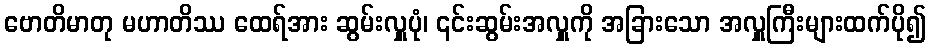
ဗောတိမာတု မဟာတိဿ ထေရ်အား ဆွမ်းလှူပုံ၊ ၎င်းဆွမ်းအလှူကို အခြားသော အလှူကြီးများထက်ပို၍